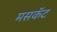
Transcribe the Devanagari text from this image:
मसकॅट